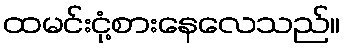
ထမင်းငုံ့စားနေလေသည်။